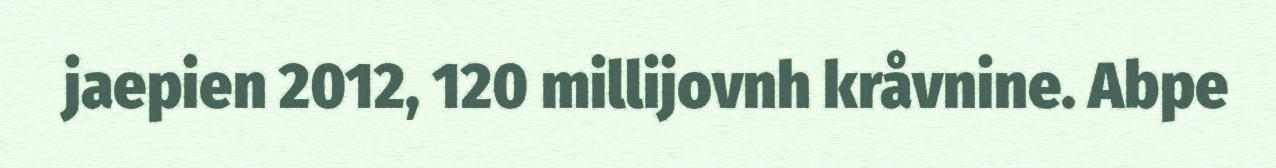
jaepien 2012, 120 millijovnh kråvnine. Abpe